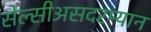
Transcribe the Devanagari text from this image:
सेल्सीअसदरम्यान